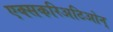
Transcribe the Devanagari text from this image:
एक्सकरिअटिओन्